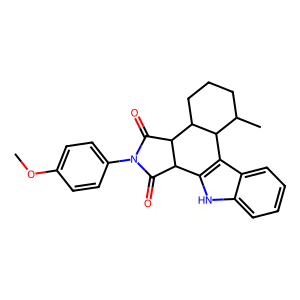
SMILES: COc1ccc(N2C(=O)C3c4[nH]c5ccccc5c4C4C(C)CCCC4C3C2=O)cc1
Inhibits HIV replication: No